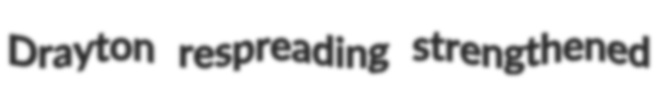
Drayton respreading strengthened